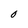
Character: O